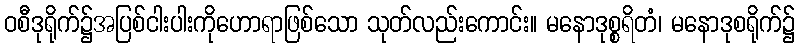
ဝစီဒုရိုက်၌အပြစ်ငါးပါးကိုဟောရာဖြစ်သော သုတ်လည်းကောင်း။ မနောဒုစ္စရိတံ၊ မနောဒုစရိုက်၌